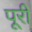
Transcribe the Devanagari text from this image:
पूरीं